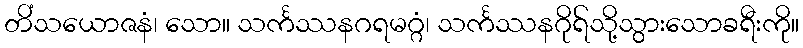
တိံသယောဇနံ၊ သော။ သင်္ကဿနဂရမဂ္ဂံ၊ သင်္ကဿနဂိုရ်သို့သွားသောခရီးကို။